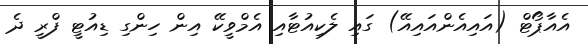
އެއާޕޯޓް (އައިއެންއައިއޭ) ގައި ލެކިއުޓާއި އެމްވީކޭ އިން ހިންގި ޑިއުޓީ ފްރީ ދެ